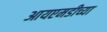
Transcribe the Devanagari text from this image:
आयएमडीच्या